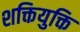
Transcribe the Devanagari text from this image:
शक्तियुक्ति